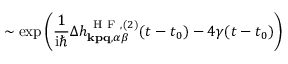
\sim \exp \left( \frac { 1 } { \mathrm { i } \hbar } \Delta h _ { \mathbf { k p q } , \alpha \beta } ^ { \mathrm { ~ H ~ F ~ } , ( 2 ) } ( t - t _ { 0 } ) - 4 \gamma ( t - t _ { 0 } ) \right)